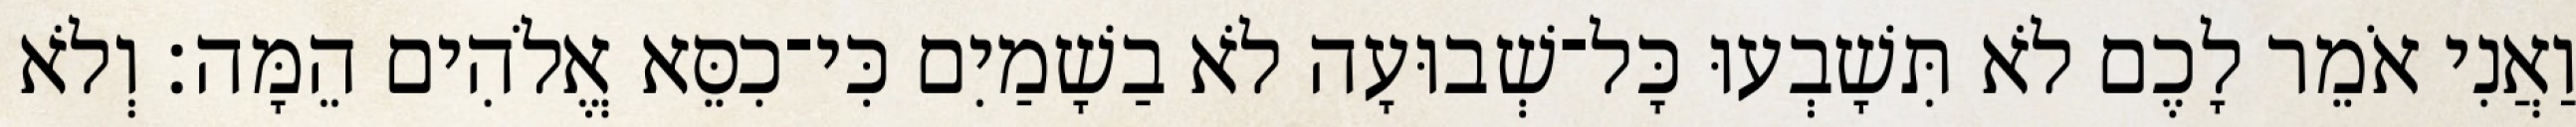
וַאֲנִי אֹמֵר לָכֶם לֹא תִּשָׁבְעוּ כָּל־שְׁבוּעָה לֹא בַשָׁמַיִם כִּי־כִסֵּא אֱלֹהִים הֵמָּה׃ וְלֹא